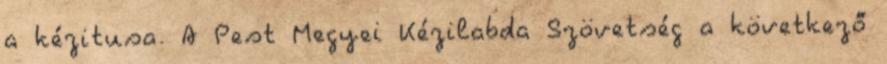
a kézitusa. A Pest Megyei Kézilabda Szövetség a következő